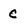
Character: c